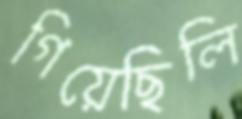
গিয়েছিলি